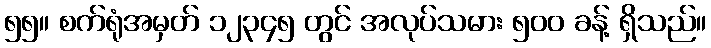
၅၅။ စက်ရုံအမှတ် ၁၂၃၄၅ တွင် အလုပ်သမား ၅၀၀ ခန့် ရှိသည်။